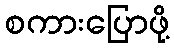
စကားပြောဖို့